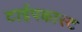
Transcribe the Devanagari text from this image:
टाईपकास्ट